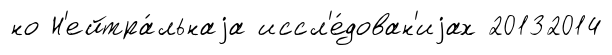
но Н'ейтра́льнаjа иссл'е́дован'иjах 20132014